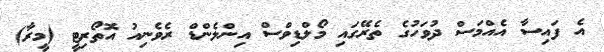
އެ ފައިސާ އެއްމަސް ދުވަހުގެ ތެރޭގައި މޯލްޑިވްސް އިންލެންޑް ރެވެނިއު އޮތޯރިޓީ (މީރާ)